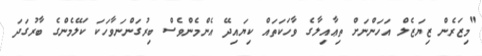
"މިޒަރެން ޒިޔަޒެލް އަހަންނަށް ތިޢާއިލާގެ ވާހަކަތައް ކިޔައިދޭ އެންމެންވެސް ބިރުގަންނަވާހަކަ ކަލޭމެންގެ ބާރުގަދަ